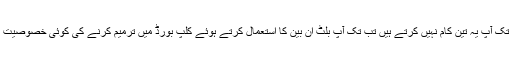
یہاں تک کہ جب تک آپ یہ تین کام نہیں کرتے ہیں تب تک آپ بلٹ ان بین کا استعمال کرتے ہوئے کلپ بورڈ میں ترمیم کرنے کی کوئی خصوصیت نہیں رکھتے ہیں۔